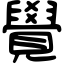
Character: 覺